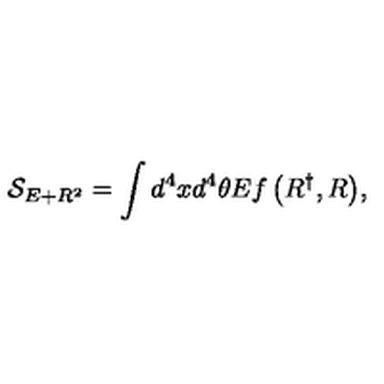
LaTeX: { \mathcal { S } } _ { E + R ^ { 2 } } = \int { d ^ { 4 } x d ^ { 4 } \theta E f \left( R ^ { \dagger } , R \right) } ,